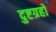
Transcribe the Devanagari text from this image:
दुष्टग्रहो